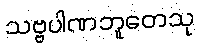
သဗ္ဗပါဏဘူတေသု